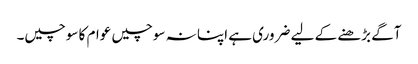
آگے بڑھنے کے لیے ضروری ہے اپنا نہ سوچیں عوام کا سوچیں۔